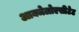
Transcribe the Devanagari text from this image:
आक्जेलोएसीटेट